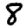
Digit: 8